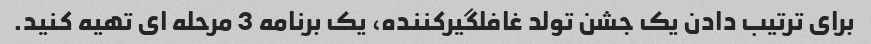
برای ترتیب دادن یک جشن تولد غافلگیرکننده، یک برنامه 3 مرحله ای تهیه کنید.